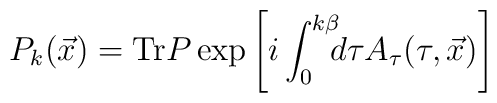
P_k(\vec{x}) = {\rm Tr} P \exp \left[i\int_0^{k\beta} \!\!\! d\tau A_{\tau}(\tau,\vec{x})\right]